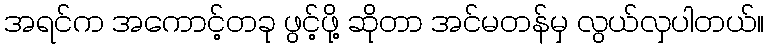
အရင်က အကောင့်တခု ဖွင့်ဖို့ ဆိုတာ အင်မတန်မှ လွယ်လှပါတယ်။